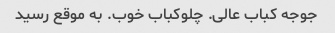
جوجه کباب عالی. چلوکباب خوب. به موقع رسید